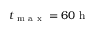
t _ { \mathrm { ~ m ~ a ~ x ~ } } = 6 0 \mathrm { ~ h ~ }